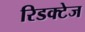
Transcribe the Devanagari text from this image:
रिडक्टेज